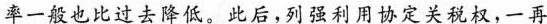
率一般也比过去降低。此后，列强利用协定关税权，一再